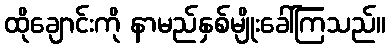
ထိုချောင်းကို နာမည်နှစ်မျိုးခေါ်ကြသည်။